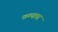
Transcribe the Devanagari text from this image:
फण्यावर